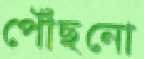
পৌঁছনো